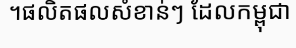
។ផលិតផលសំខាន់ៗ ដែលកម្ពុជា